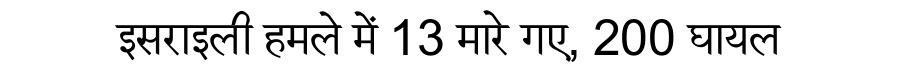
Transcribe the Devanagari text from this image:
इसराइली हमले में 13 मारे गए, 200 घायल